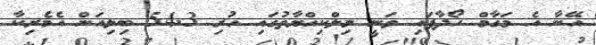
އޭނާ އެ މަގާމް ހޯދާފައި ވަނީ މިލްކިއްޔާތުގައި ހުރި 54.3 ބިލިއަން އެމެރިކާ